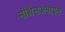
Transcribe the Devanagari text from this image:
मीथेनअमाइन